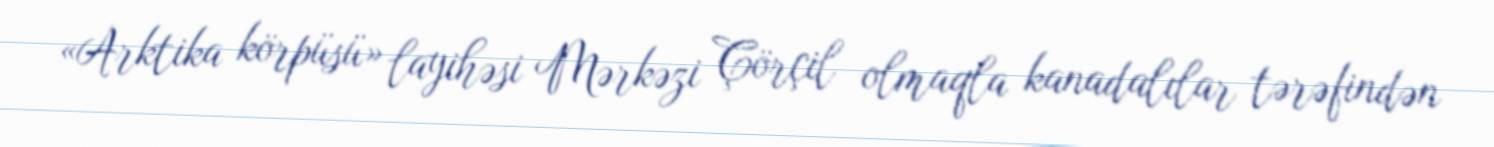
«Arktika körpüsü» layihəsi Mərkəzi Çörçil olmaqla kanadalılar tərəfindən